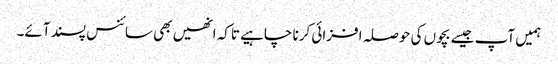
ہمیں آپ جیسے بچوں کی حوصلہ افزائی کرنا چاہیے تاکہ انھیں بھی سائنس پسند آئے۔